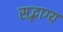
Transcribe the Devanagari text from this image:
सद्भाग्य